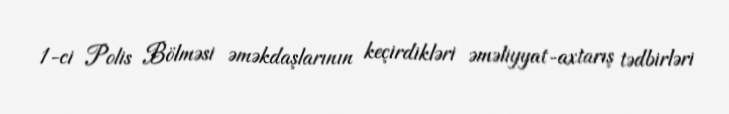
1-ci Polis Bölməsi əməkdaşlarının keçirdikləri əməliyyat-axtarış tədbirləri